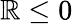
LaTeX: \mathbb{R}\leq0